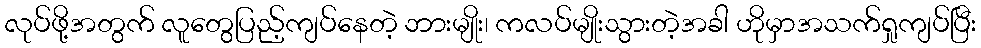
လုပ်ဖို့အတွက် လူတွေပြည့်ကျပ်နေတဲ့ ဘားမျိုး၊ ကလပ်မျိုးသွားတဲ့အခါ ဟိုမှာအသက်ရှုကျပ်ပြီး